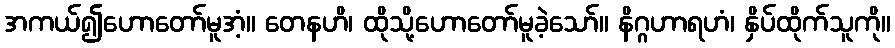
အကယ်၍ဟောတော်မူအံ့။ တေနဟိ၊ ထိုသို့ဟောတော်မူခဲ့သော်။ နိဂ္ဂဟာရဟံ၊ နှိပ်ထိုက်သူကို။